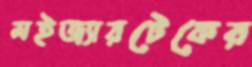
মইজ্যারটেকের